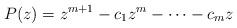
LaTeX: \begin{align*}P(z) = z^{m+1} - c_1z^m - \cdots - c_m z\end{align*}